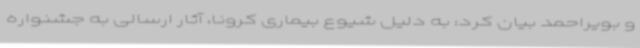
و بویراحمد بیان کرد: به دلیل شیوع بیماری کرونا، آثار ارسالی به جشنواره